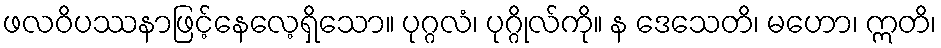
ဖလဝိပဿနာဖြင့်နေလေ့ရှိသော။ ပုဂ္ဂလံ၊ ပုဂ္ဂိုလ်ကို။ န ဒေသေတိ၊ မဟော၊ ဣတိ၊